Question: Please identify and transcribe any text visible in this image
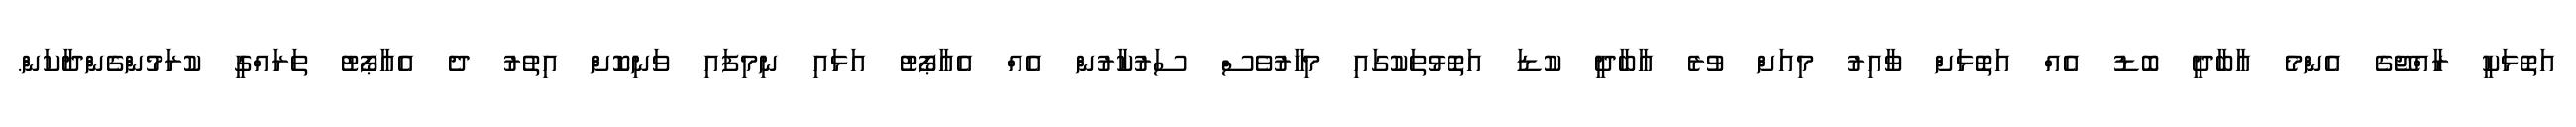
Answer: އަތޮޅަކީ ރާއްޖޭގެ އެންމެ އާބާދީ ބޮޑު އެއް އަތޮޅަށް ވާއިރު މިއަށް ވުރެ އާބާދީ ކުޑަ އަތޮޅުތަކުގައި މިހާރުވެސް ސަރުކާރުން އެއް އެއާޕޯޓު އަޅައި ނިމިފައި ވަނިކޮށް އިތުރު ދެ އެއާޕޯޓު ތަރައްގީ ކުރަމުންގެންދާކަން.